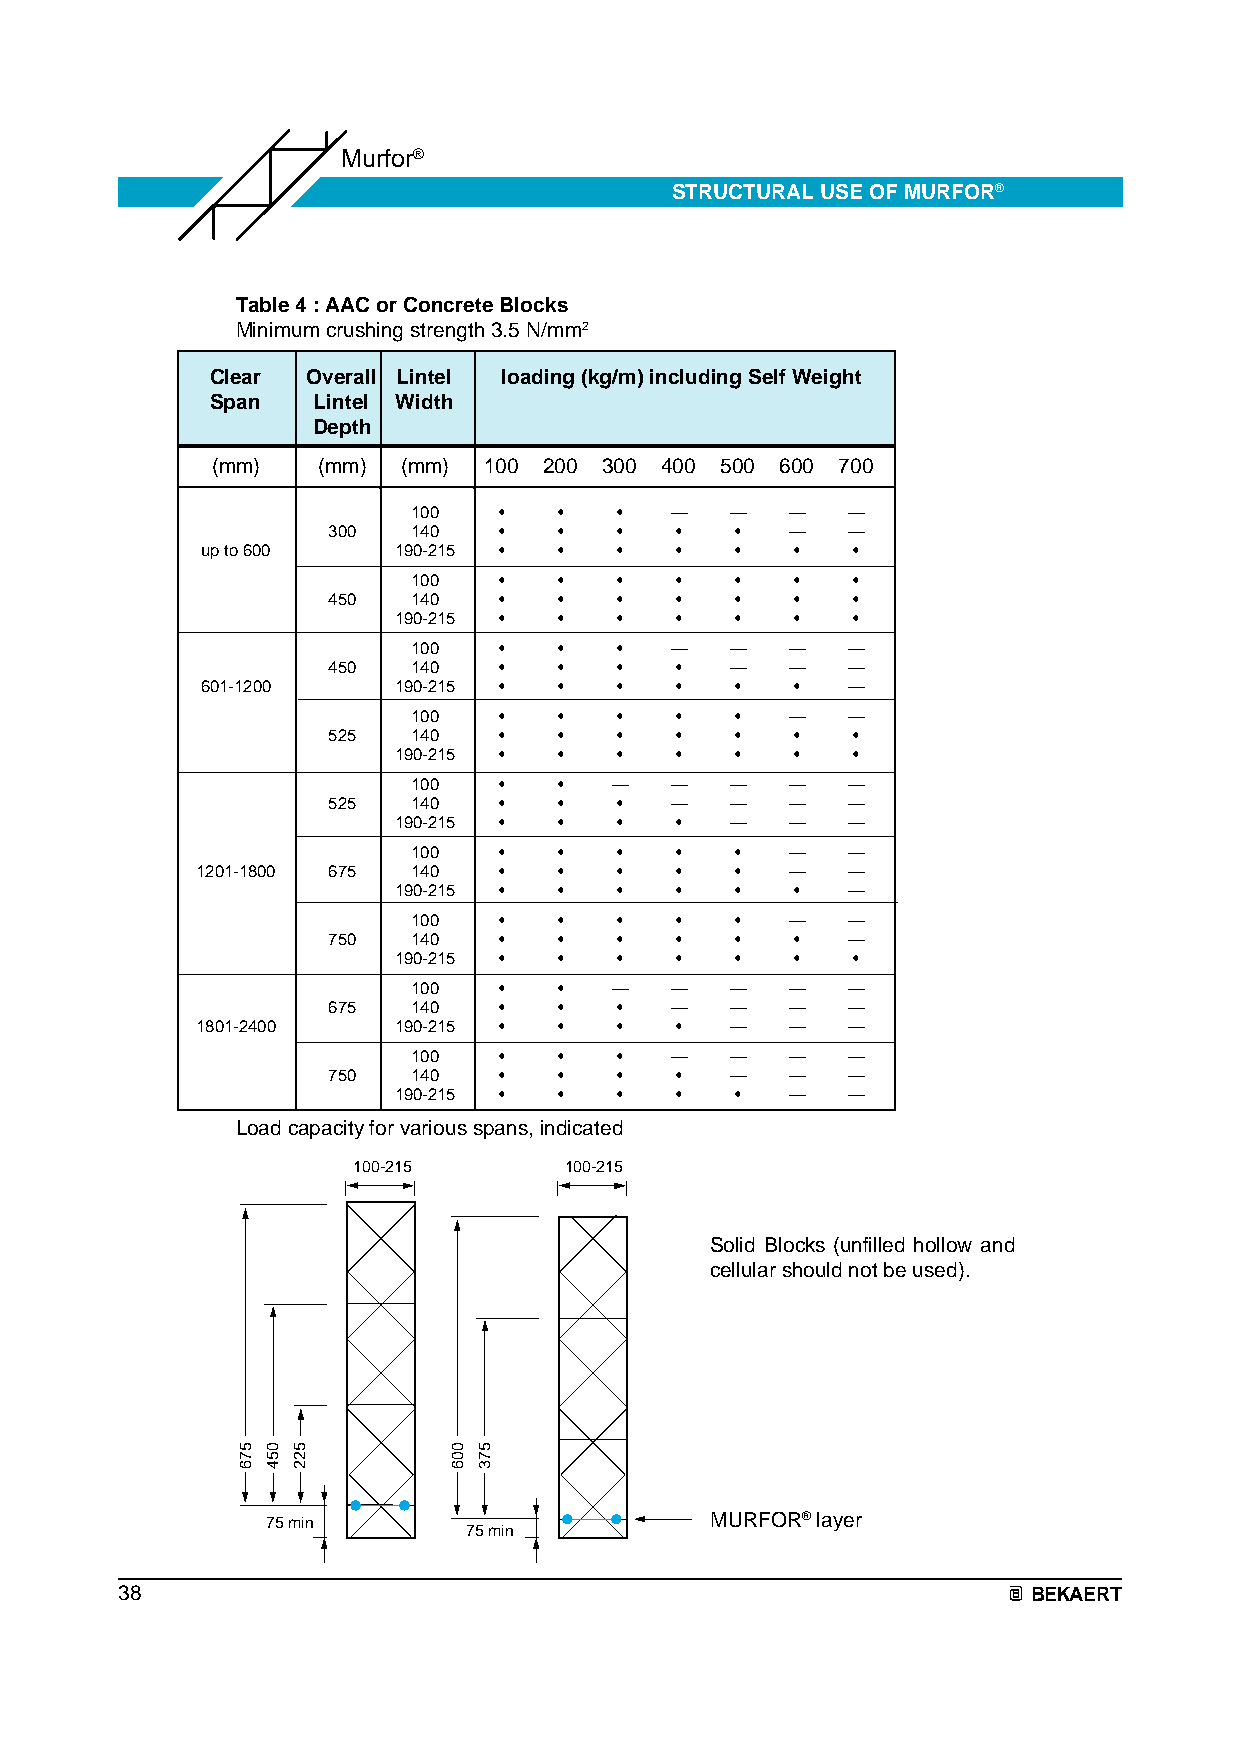
Murfor®
 STRUCTURAL USE OF MURFOR®
 Table 4 : AAC or Concrete Blocks
 Minimum crushing strength 3.5 N/mm2
 Clear Overall Lintel loading (kg/m) including Self Weight
 Span   Lintel Width
 Depth
 (mm)   (mm)  (mm) 100 200 300 400 500 600 700
 100   •   •   •  —   —   —   —
 300  140   •   •   •   •   •  —   —
 up to 600    190-215 •  •   •   •   •   •  •
 100   •   •   •   •   •   •  •
 450  140   •   •   •   •   •   •  •
 190-215 •  •   •   •   •   •  •
 100   •   •   •  —   —   —   —
 450  140   •   •   •   •  —   —   —
 601-1200     190-215 •  •   •   •   •   •  —
 100   •   •   •   •   •  —   —
 525  140   •   •   •   •   •   •  •
 190-215 •  •   •   •   •   •  •
 100   •   •  —   —   —   —   —
 525  140   •   •   •  —   —   —   —
 190-215 •  •   •   •  —   —   —
 100   •   •   •   •   •  —   —
 1201-1800 675 140   •   •   •   •   •  —   —
 190-215 •  •   •   •   •   •  —
 100   •   •   •   •   •  —   —
 750  140   •   •   •   •   •   •  —
 190-215 •  •   •   •   •   •  •
 100   •   •  —   —   —   —   —
 675  140   •   •   •  —   —   —   —
 1801-2400    190-215 •  •   •   •  —   —   —
 100   •   •   •  —   —   —   —
 750  140   •   •   •   •  —   —   —
 190-215 •  •   •   •   •  —   —
 Load capacity for various spans, indicated
 100-215       100-215
 Solid Blocks (unfilled hollow and
 cellular should not be used).
 75 min                       MURFOR® layer
 75 min
 38                                                          BEKAERT
 576 054 522   006 573